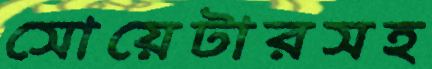
সোয়েটারসহ